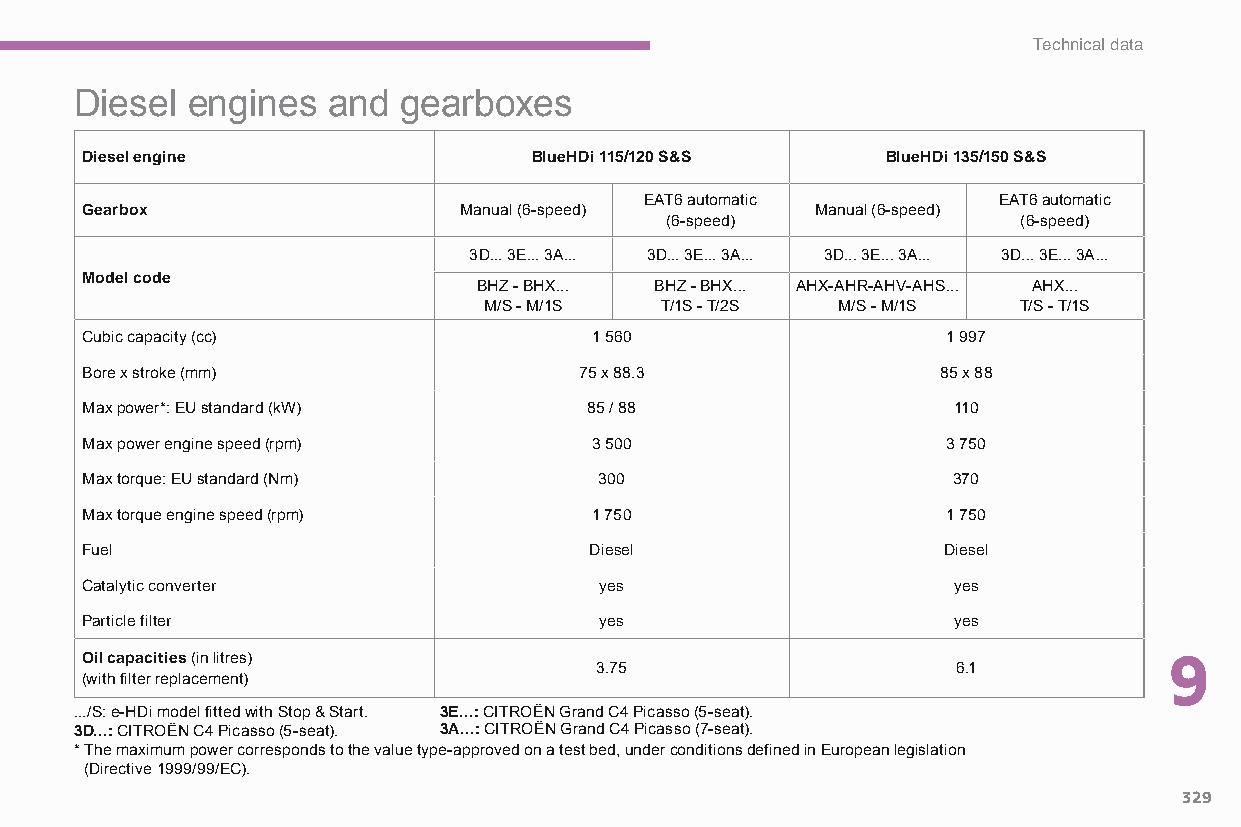
Technical data
 Diesel engines   and gearboxes
 Diesel engine                 BlueHDi 115/120 S&S     BlueHDi 135/150 S&S
 EAT6 automatic         EAT6 automatic
 Gearbox                  Manual (6-speed)        Manual (6-speed)
 (6-speed)               (6-speed)
 3D... 3E... 3A... 3D... 3E... 3A... 3D... 3E... 3A... 3D... 3E... 3A...
 Model code
 BHZ - BHX... BHZ - BHX... AHX-AHR-AHV-AHS... AHX...
 M/S - M/1S  T/1S - T/2S M/S - M/1S T/S - T/1S
 Cubic capacity (cc)               1 560                   1 997
 Bore x stroke (mm)               75 x 88.3               85 x 88
 Max power*: EU standard (kW)      85 / 88                 110
 Max power engine speed (rpm)      3 500                   3 750
 Max torque: EU standard (Nm)       300                    370
 Max torque engine speed (rpm)     1 750                   1 750
 Fuel                              diesel                 diesel
 Catalytic converter                yes                    yes
 Particle filter                    yes                    yes
 Oil capacities (in litres)                                              9
 3.75                    6.1
 (with filter replacement)
 .../S: e-HDi model fitted with Stop & Start. 3E...: CITROËN Grand C4 Picasso (5-seat).
 3D...: CITROËN C4 Picasso (5-seat). 3A...: CITROËN Grand C4 Picasso (7-seat).
 * The maximum power corresponds to the value type-approved on a test bed, under conditions defined in European legislation
 (Directive 1999/99/EC).
 329
 C4-Picasso-II_en_Chap09_caracteristiques-techniques_ed01-2015